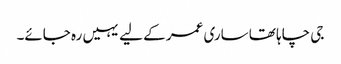
جی چاہا تھا ساری عمر کے لیے یہیں رہ جائے۔